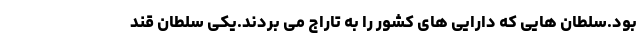
بود.سلطان هایی که دارایی های کشور را به تاراج می بردند.یکی سلطان قند